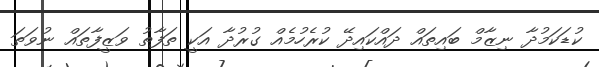
ކުޑަކަމުދާ ނިޒާމް ބައިތައް ދައްކައިދޭ ކުރެހުމެއް ގުރުދާ އަކީ ތަފާތު ވަޒީފާތައް ނުވަތަ